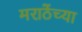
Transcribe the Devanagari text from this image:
मराठेंच्या